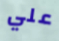
علي